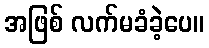
အဖြစ် လက်မခံခဲ့ပေ။